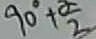
9 0 ^ { \circ } + \frac { \alpha } { 2 }